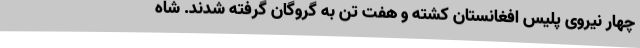
چهار نیروی پلیس افغانستان کشته و هفت تن به گروگان گرفته شدند. شاه